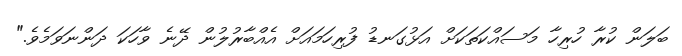
ބަލަން ކުރާ ހުރިހާ މަސައްކަތަކަށް އަޅުގަނޑު ފުރިހަމައަށް އެއްބާރުލުން ދޭނެ ވާހަކަ ދަންނަވަމެވެ."